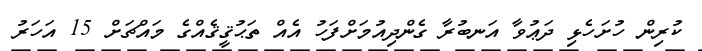
ކުރިން ހުށަހެޅި ދަޢުވާ އަނބުރާ ގެންދިއުމަށްފަހު އެއް ތަޙުޤީޤެއްގެ މައްޗަށް 15 އަހަރު